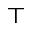
\top